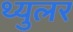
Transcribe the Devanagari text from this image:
थ्युलर